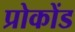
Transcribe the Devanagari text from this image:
प्रोकोंड